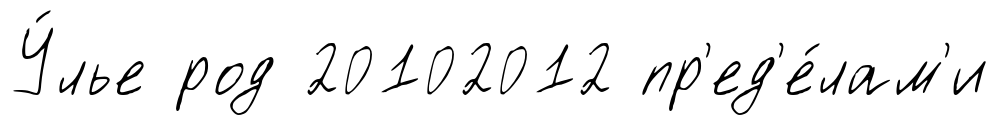
У́лье род 20102012 пр'ед'е́лам'и